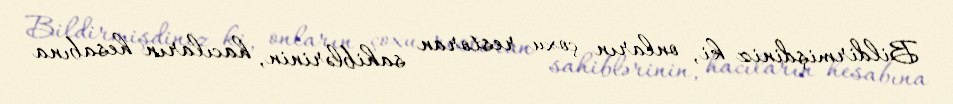
Bildirmişdiniz ki, onların çoxu restoran sahiblərinin, hacıların hesabına